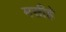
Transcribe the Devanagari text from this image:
मसीहे